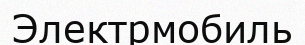
Электрмобиль